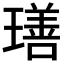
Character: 𤩕